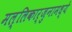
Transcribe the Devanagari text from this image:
मल्लिकार्जुनामध्ये